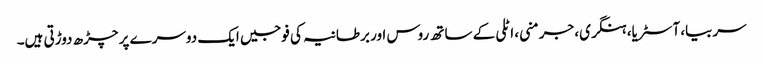
سربیا، آسٹریا، ہنگری، جرمنی، اٹلی کے ساتھ روس اور برطانیہ کی فوجیں ایک دوسرے پر چڑھ دوڑتی ہیں۔